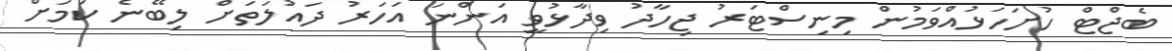
ބެޖްޓް ހުށަހަޅުއްވަމުން މިނިސްޓަރު ޖިހާދު ވިދާޅުވީ އަންނަ އަހަރު ދައުލަތަށް ލިބޭނެ ކަމަށް